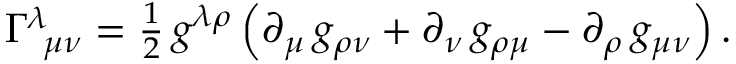
\begin{array} { r } { \Gamma _ { \, \, \, \mu \nu } ^ { \lambda } = \frac { 1 } { 2 } \, g ^ { \lambda \rho } \left( \partial _ { \mu } \, g _ { \rho \nu } + \partial _ { \nu } \, g _ { \rho \mu } - \partial _ { \rho } \, g _ { \mu \nu } \right) . } \end{array}